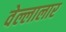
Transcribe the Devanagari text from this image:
वेल्लालार